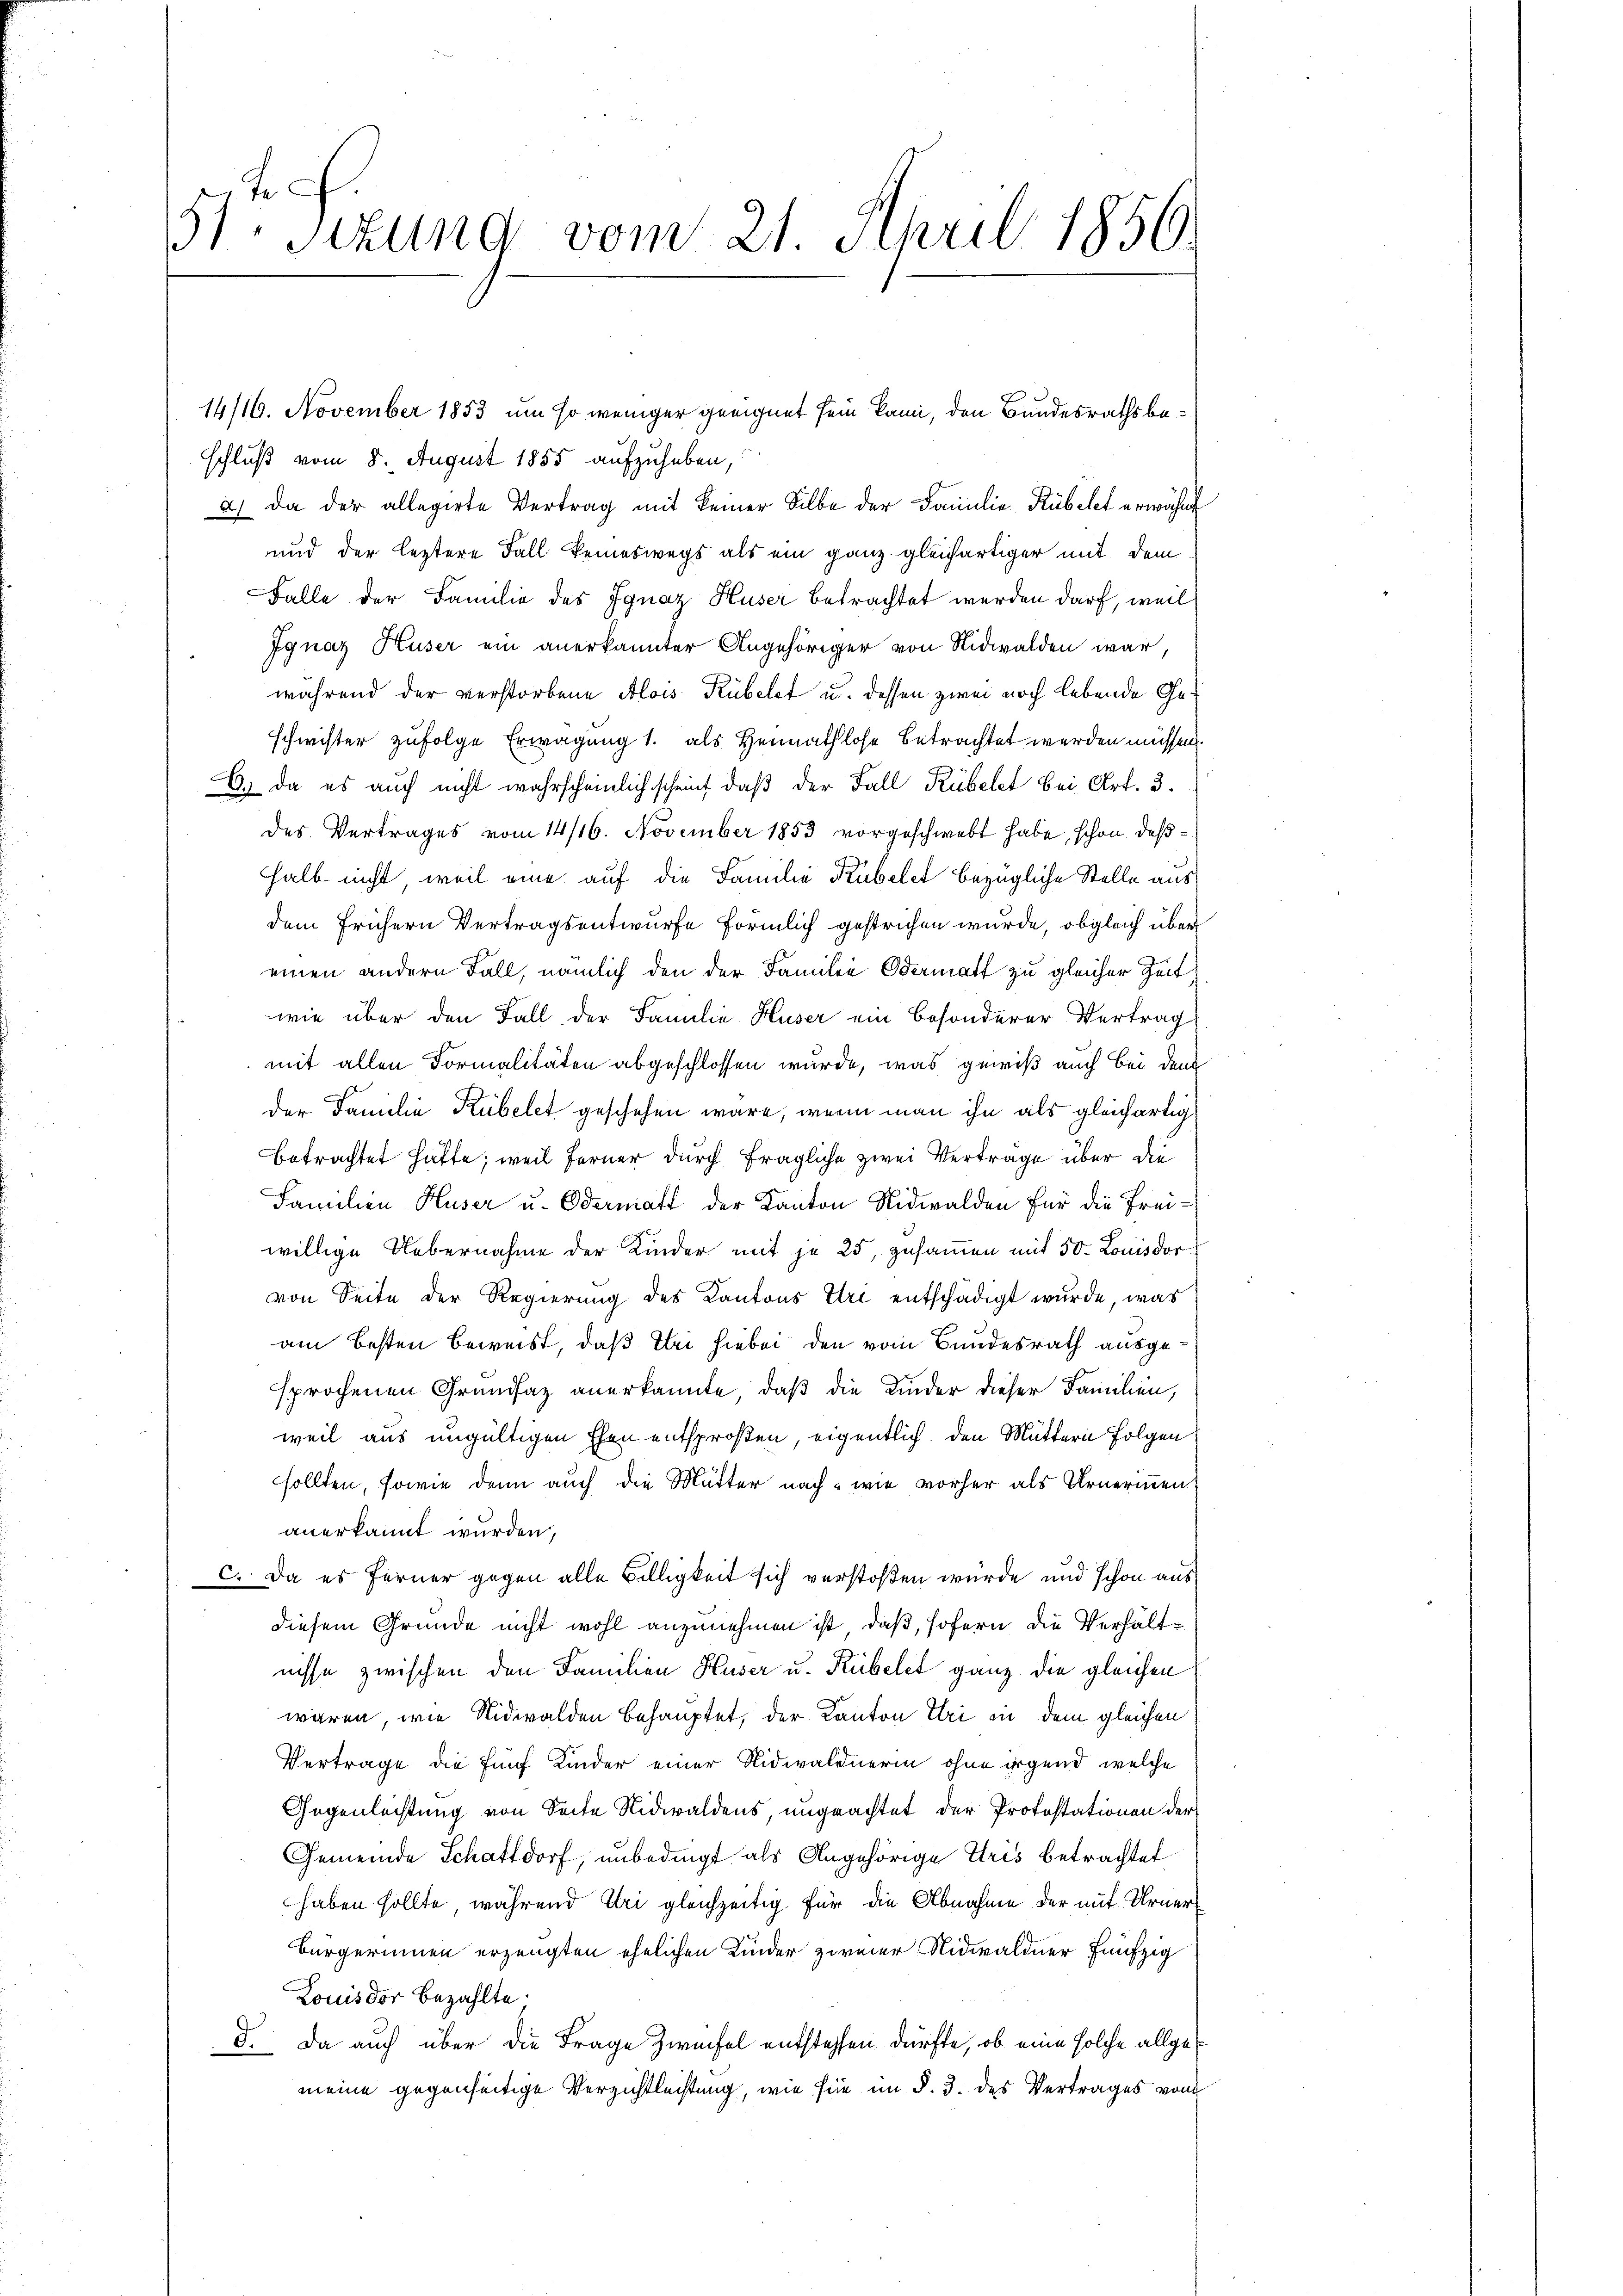
51 sizung vom 21. April 1856.

14/16. November 1853 um so weniger geeignet sein kann, den Bundesrathsbeschluß vom 8. August 1855 aufzuheben,
2.) Da der allegirte Vertrag mit keiner Silbe der Familie Rübelet erwähnt
und der leztere Fall keineswegs als ein ganz gleichartiger mit dem
Falle der Familie des Ignaz Huser betrachtet werden darf, weil
Ignaz Huser ein anerkannter Angehöriger von Nidwalden war,
während der verstorbene Alois Rübelet u. dessen zwei noch lebende Geschwister zufolge Erwägung 1. als Heimathlose betrachtet werden müssen.
C.) Da es auch nicht wahrscheinlich scheint, daß der Fall Rübelet bei Art. 3.
des Vertrages vom 14/16. November 1853 vorgeschwebt habe, schon deßhalb nicht, weil eine auf die Familie Kübelet bezügliche Stelle aus
dem frühern Vertragsentwurfe förmlich gestrichen wurde, obgleich über
einen andern Fall, nämlich den der Familie Odermatt zu gleicher Zeit
wie über den Fall der Familie Huser ein besonderer Vertrag
mit allen Formalitäten abgeschlossen wurde, was gewiß auch bei den
der Familie Kübelet geschehen wäre, wenn man ihn als gleichartig
betrachtet hatte; weil Ferner durch fragliche zwei Verträge über die
Familien Huser u. Odermatt der Kanton Nidwalden für die Freiwillige Uebernahme der Kinder mit je 25, zusammen mit 50. Louisdor
von Seite der Regierung des Kantons Uri entschädigt wurde, was
am besten Beweist, daß bei hiebei den vom Bundesrath ausgesprochenen Grundsaz anerkannte, daß die Kinder dieser Familien,
weil aus ungültigen Ehen entsprosen, eigentlich den Muttern Folgen
sollten, sowie dann auch die Mutter nach - wie vorher als Urnerinnen.
anerkannt wurden,
c. Da es ferner gegen alle Billigkeit sich verstoßen wurde und schon aus
diesem Grunde nicht wohl anzunehmen ist, daß, sofern die Verhältnisse zwischen den Familien Huser u. Kübelet ganz die gleichen
wären, wie Nidwalden behauptet, der Kanton Uri in dem gleichen
Vertrage die fünf Kinder einer Nidwaldnerin ohne irgend, welche
Gegenleistung von Seite Nidwaldens, ungeachtet der Protestationen der
Gemeinde Schattdorf, unbedingt als Angehörige Iris betrachtet
haben sollte, während Uri gleichzeitig für die Abnahme der mit Urnerbürgerinnen erzeugten ehelichen Kinder zweier Nidwaldner fünfzig
Louisdor Bezahlte.
d. Da auch über die Frage Zweifel entstehen dürfte, ob eine solche allgemeine gegenseitige Verzichtleistung, wie sie im §. 3. des Vertrages vom